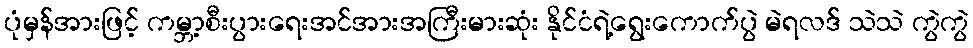
ပုံမှန်အားဖြင့် ကမ္ဘာ့စီးပွားရေးအင်အားအကြီးမားဆုံး နိုင်ငံရဲ့ရွေးကောက်ပွဲ မဲရလဒ် သဲသဲ ကွဲကွဲ